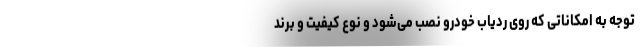
توجه به امکاناتی که روی ردیاب خودرو نصب می‌شود و نوع کیفیت و برند